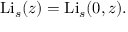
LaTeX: \operatorname { L i } _ { s } ( z ) = \operatorname { L i } _ { s } ( 0 , z ) .